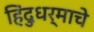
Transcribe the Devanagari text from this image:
हिंदुधर्माचे